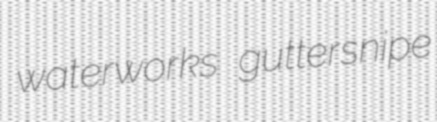
waterworks guttersnipe